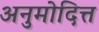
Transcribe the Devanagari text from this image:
अनुमोदित्त